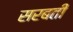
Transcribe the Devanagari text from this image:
सरबती